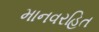
માનવરહિત